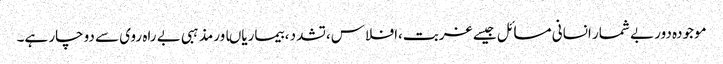
موجودہ دور بے شمار انسانی مسائل جیسے غربت،افلاس،تشدد ،بیماریاںاورمذہبی بے راہ روی سے دوچار ہے۔